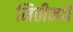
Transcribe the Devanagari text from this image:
मिठीमधे